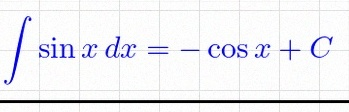
\int \sin x\,dx=-\cos x+C